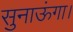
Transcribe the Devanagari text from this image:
सुनाऊंगा।